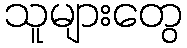
သူများတွေ